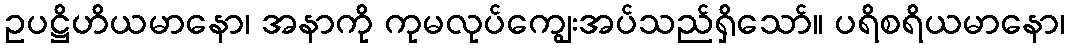
ဥပဋ္ဌိဟိယမာနော၊ အနာကို ကုမလုပ်ကျွေးအပ်သည်ရှိသော်။ ပရိစရိယမာနော၊